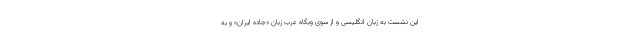
این نشست به زبان انگلیسی و از سوی وبگاه عرب زبان «جاده ایران» و به